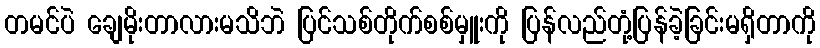
တမင်ပဲ ချေမိုးတာလားမသိဘဲ ပြင်သစ်တိုက်စစ်မှူးကို ပြန်လည်တုံ့ပြန်ခဲ့ခြင်းမရှိတာကို